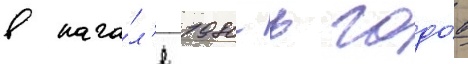
в нача́л'е 1980-х годо́в